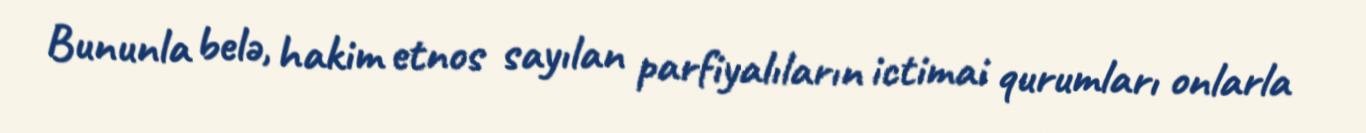
Bununla belə, hakim etnos sayılan parfiyalıların ictimai qurumları onlarla